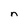
Character: n